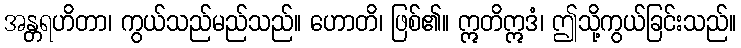
အန္တရဟိတာ၊ ကွယ်သည်မည်သည်။ ဟောတိ၊ ဖြစ်၏။ ဣတိဣဒံ၊ ဤသို့ကွယ်ခြင်းသည်။